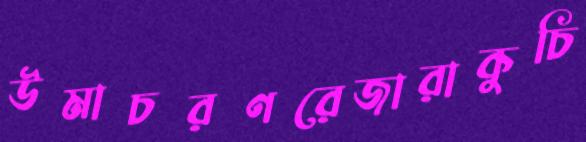
উমাচরণরেজারাকুচি